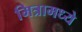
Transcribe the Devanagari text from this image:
मित्रामध्ये